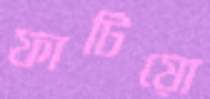
ফাটিয়ো